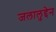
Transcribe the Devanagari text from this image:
जलालुद्देन